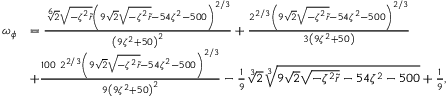
\begin{array} { r l } { \omega _ { \phi } } & { = \frac { \sqrt [ 6 ] { 2 } \sqrt { - \zeta ^ { 2 } \tilde { r } } \left( 9 \sqrt { 2 } \sqrt { - \zeta ^ { 2 } \tilde { r } } - 5 4 \zeta ^ { 2 } - 5 0 0 \right) ^ { 2 / 3 } } { \left( 9 \zeta ^ { 2 } + 5 0 \right) ^ { 2 } } + \frac { 2 ^ { 2 / 3 } \left( 9 \sqrt { 2 } \sqrt { - \zeta ^ { 2 } \tilde { r } } - 5 4 \zeta ^ { 2 } - 5 0 0 \right) ^ { 2 / 3 } } { 3 \left( 9 \zeta ^ { 2 } + 5 0 \right) } } \\ & { + \frac { 1 0 0 \ 2 ^ { 2 / 3 } \left( 9 \sqrt { 2 } \sqrt { - \zeta ^ { 2 } \tilde { r } } - 5 4 \zeta ^ { 2 } - 5 0 0 \right) ^ { 2 / 3 } } { 9 \left( 9 \zeta ^ { 2 } + 5 0 \right) ^ { 2 } } - \frac { 1 } { 9 } \sqrt [ 3 ] { 2 } \sqrt [ 3 ] { 9 \sqrt { 2 } \sqrt { - \zeta ^ { 2 } \tilde { r } } - 5 4 \zeta ^ { 2 } - 5 0 0 } + \frac { 1 } { 9 } , } \end{array}